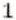
1